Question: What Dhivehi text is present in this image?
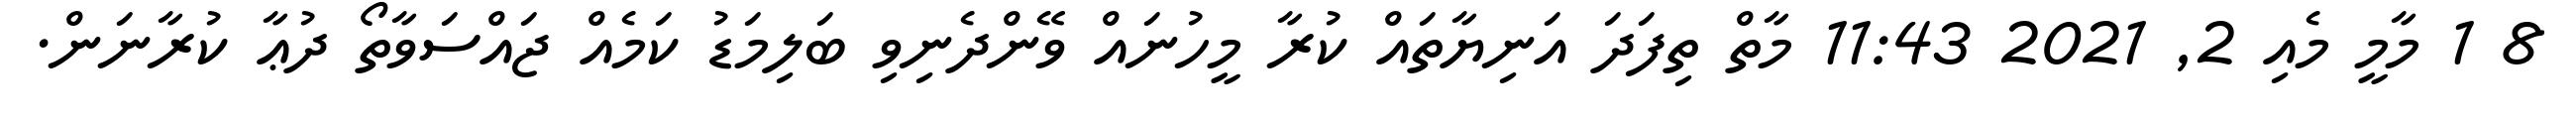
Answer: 8 1 މާމީ މެއި 2, 2021 11:43 މާތް ތިފަދަ އަނިޔާތައް ކުރާ މީހުނައް ވޭންދެނިވި ބަލިމަޑު ކަމެއް ޖައްސަވާތޯ ދުޢާ ކުރާނަން.